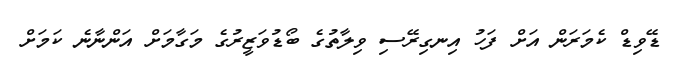
ޑޭވިޑް ކެމަރަން އަށް ފަހު އިނގިރޭސި ވިލާތުގެ ބޯޑުވަޒީރުގެ މަގާމަށް އަންނާނެ ކަމަށް